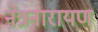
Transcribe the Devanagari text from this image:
नेत्रनारायण